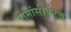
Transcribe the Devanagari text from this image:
रोमांसीकरण